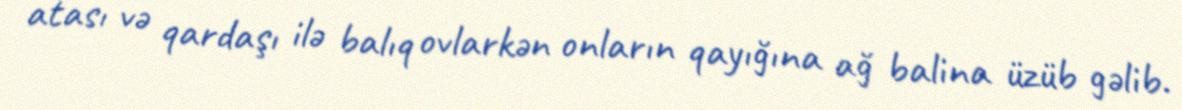
atası və qardaşı ilə balıq ovlarkən onların qayığına ağ balina üzüb gəlib.